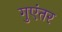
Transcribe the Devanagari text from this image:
गुएंतर